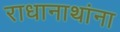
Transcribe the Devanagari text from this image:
राधानाथांना